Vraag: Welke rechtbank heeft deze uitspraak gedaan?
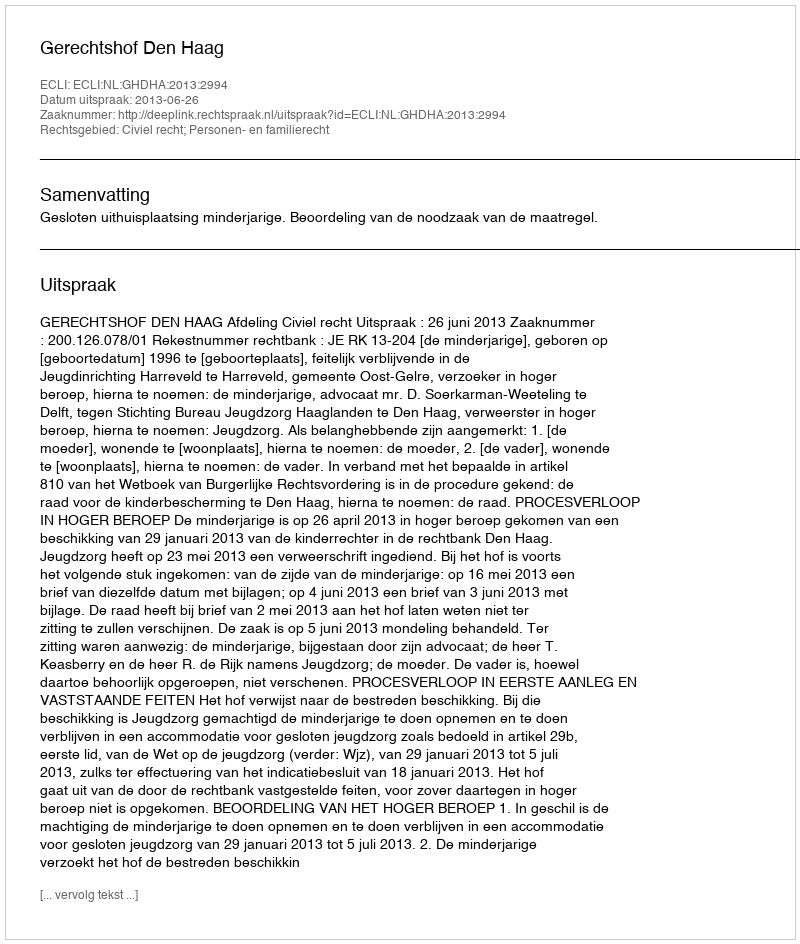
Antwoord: Gerechtshof Den Haag